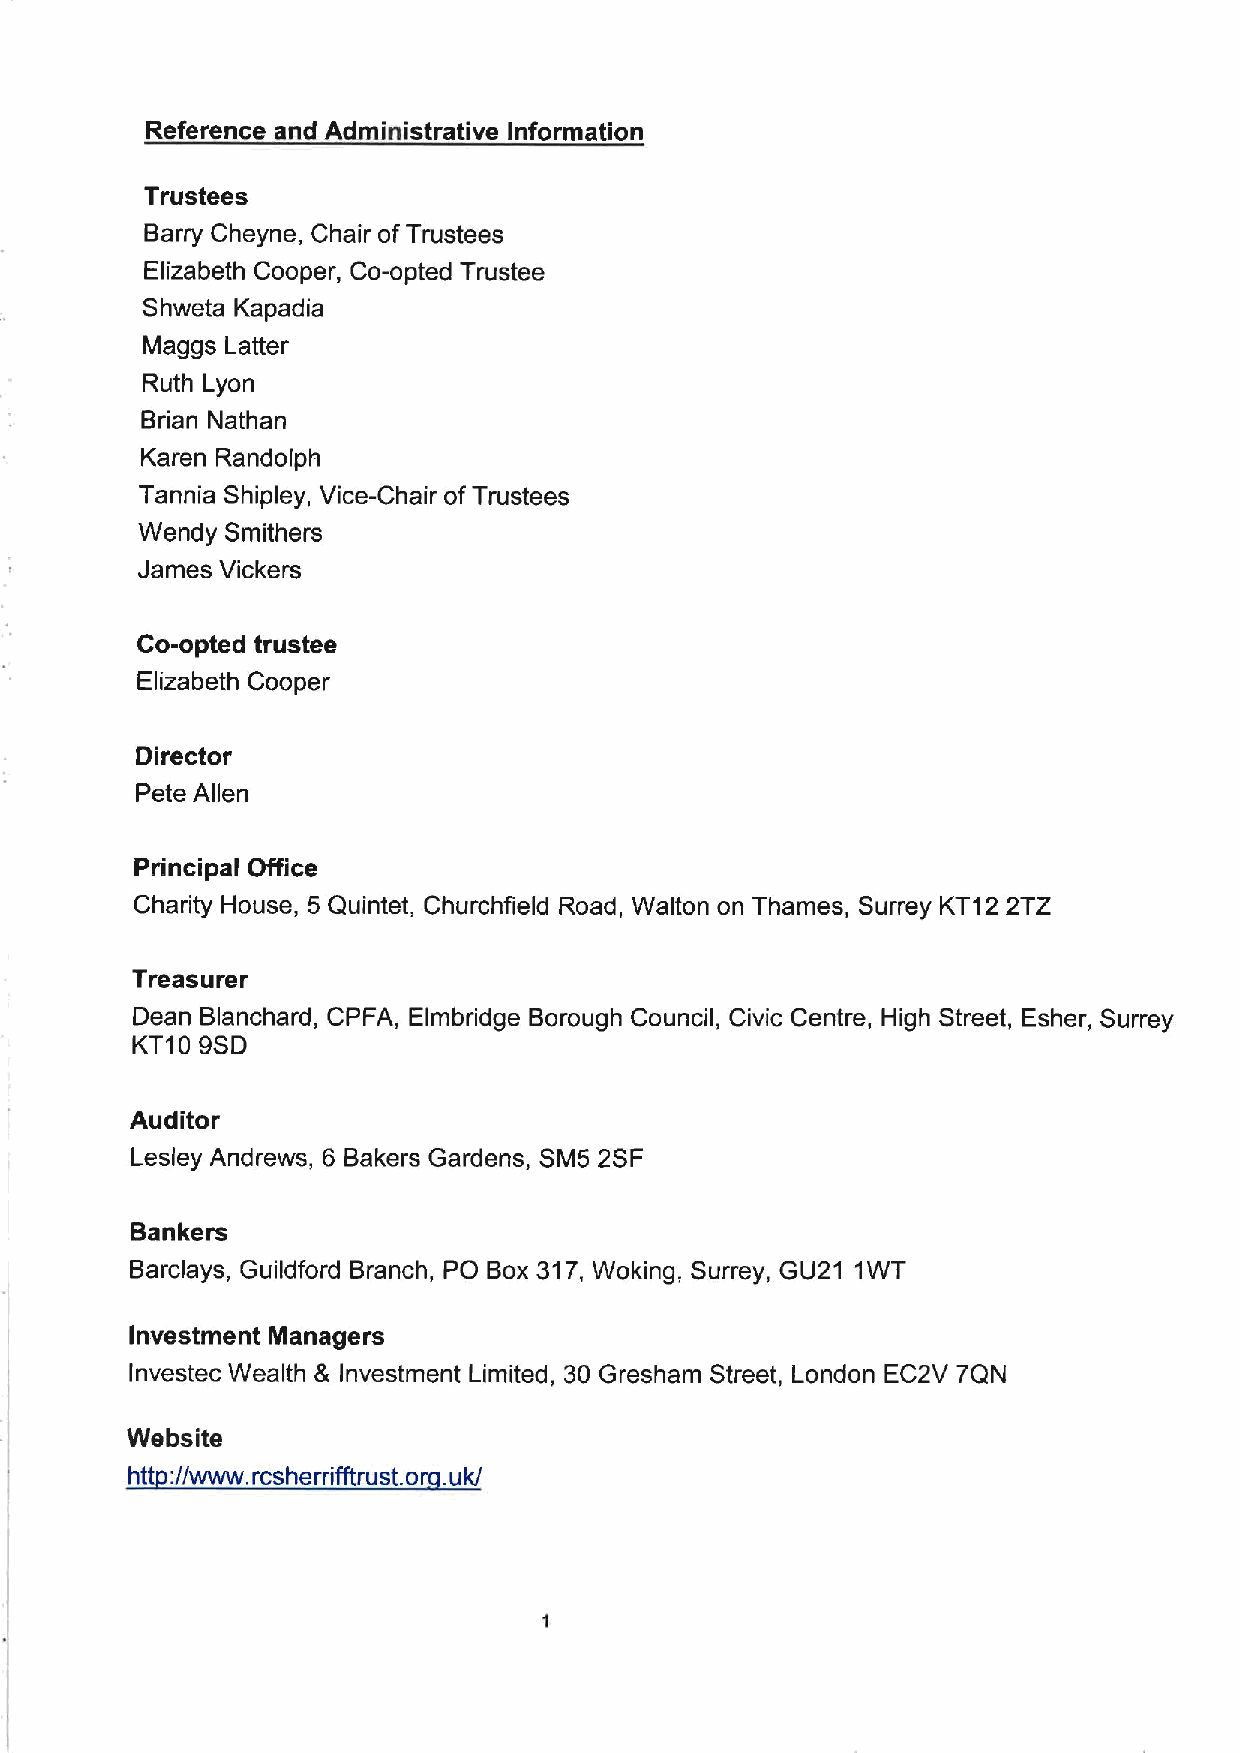
Reference and Administrative Information
 Trustees
 Barry Cheyne, Chair ofTrustees
 Elizabeth Cooper, Co-opted Trustee
 Shweta Kapadia
 Maggs Latter
 Ruth Lyon
 Brian Nathan
 Karen Randolph
 Tannia Shipley, Vice-Chair ofTrustees
 Wendy Smithers
 James Vickers
 Co-opted trustee
 Elizabeth Cooper
 Director
 Pete Allen
 Principal Office
 Charity House, 5 Quintet, Churchfield Road, Walton on Thames, Surrey KT12 2TZ
 Treasurer
 Dean Blanchard, CPFA, Elmbridge Borough Council, Civic Centre, High Street, Esher, Surrey
 KT10 9SD
 Auditor
 Lesley Andrews, 6 Bakers Gardens, SM5 2SF
 Bankers
 Barclays, Guildford Branch, PO Box 317,Woking, Surrey, GU21 1WT
 Investment Managers
 Investec Wealth & Investment Limited, 30 Gresham Street, London EC2V 7QN
 Website
 htt://www. rcsherrifftrust. o .uk/